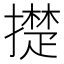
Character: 𰔪